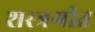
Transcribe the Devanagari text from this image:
शस्त्रगीत